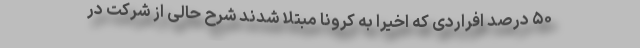
۵۰ درصد افراردی که اخیرا به کرونا مبتلا شدند شرح حالی از شرکت در